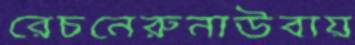
রেচনেরুনাউবায়